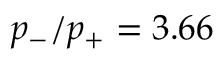
p _ { - } / p _ { + } = 3 . 6 6